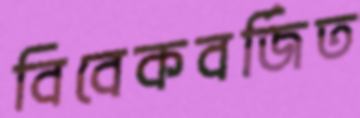
বিবেকবর্জিত